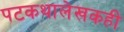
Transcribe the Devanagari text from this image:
पटकथालेखकही